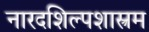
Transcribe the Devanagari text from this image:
नारदशिल्पशास्त्रम